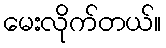
မေးလိုက်တယ်။